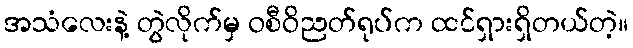
အသံလေးနဲ့ တွဲလိုက်မှ ဝစီဝိညတ်ရုပ်က ထင်ရှားရှိတယ်တဲ့။